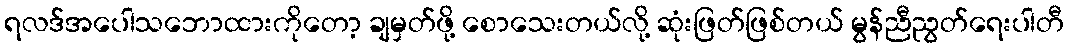
ရလဒ်အပေါသဘောထားကိုတော့ ချမှတ်ဖို့ စောသေးတယ်လို့ ဆုံးဖြတ်ဖြစ်တယ် မွန်ညီညွတ်ရေးပါတီ